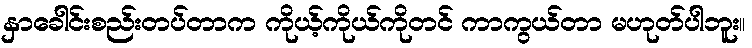
နှာခေါင်းစည်းတပ်တာက ကိုယ့်ကိုယ်ကိုတင် ကာကွယ်တာ မဟုတ်ပါဘူး။